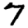
Digit: 7